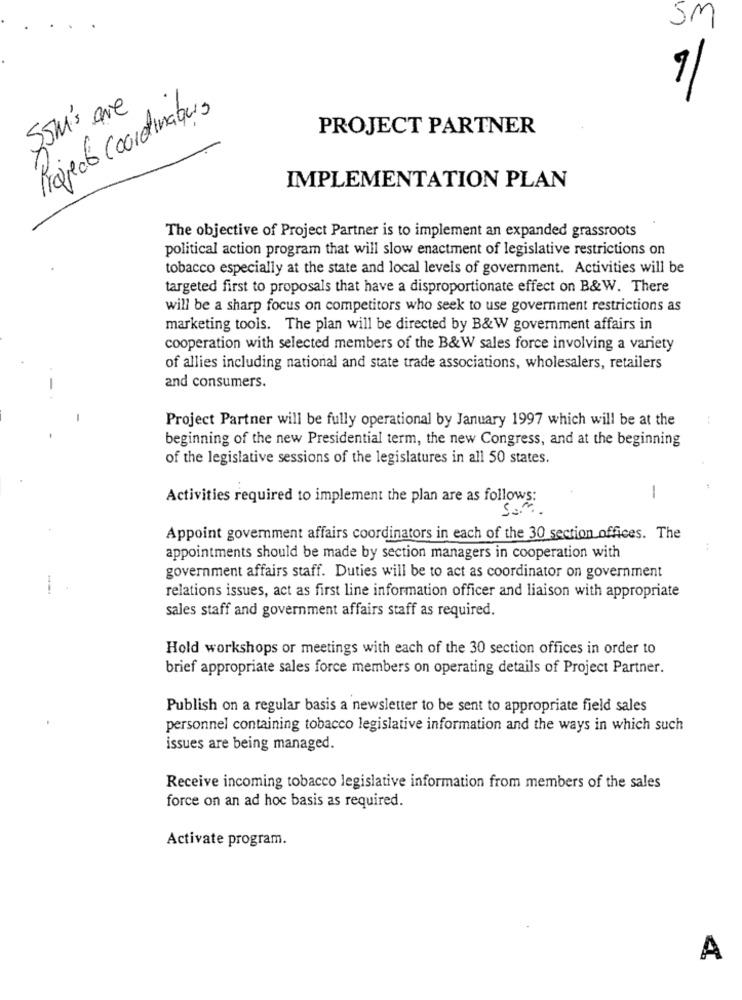
SM
55M's are
Project Coordinator,
PROJECT PARTNER
IMPLEMENTATION PLAN
The objective of Project Partner is to implement an expanded grassroots
political action program that will slow enactment of legislative restrictions on
tobacco especially at the state and local levels of government. Activities will be
targeted first to proposals that have a disproportionate effect on B&W. There
will be a sharp focus on competitors who seek to use government restrictions as
marketing tools. The plan will be directed by B&W government affairs in
cooperation with selected members of the B&W sales force involving a variety
of allies including national and state trade associations, wholesalers, retailers
--
and consumers.
Project Partner will be fully operational by January 1997 which will be at the
beginning of the new Presidential term, the new Congress, and at the beginning
of the legislative sessions of the legislatures in all 50 states.
Activities required to implement the plan are as follows:
1
Som
Appoint government affairs coordinators in each of the 30 section offices. The
appointments should be made by section managers in cooperation with
government affairs staff. Duties will be to act as coordinator on government
relations issues, act as first line information officer and liaison with appropriate
sales staff and government affairs staff as required.
Hold workshops or meetings with each of the 30 section offices in order to
brief appropriate sales force members on operating details of Project Partner.
Publish on a regular basis a newsletter to be sent to appropriate field sales
personnel containing tobacco legislative information and the ways in which such
issues are being managed.
Receive incoming tobacco legislative information from members of the sales
force on an ad hoc basis as required.
Activate program.
A